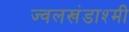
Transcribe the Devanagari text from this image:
ज्वलखंडाश्मी